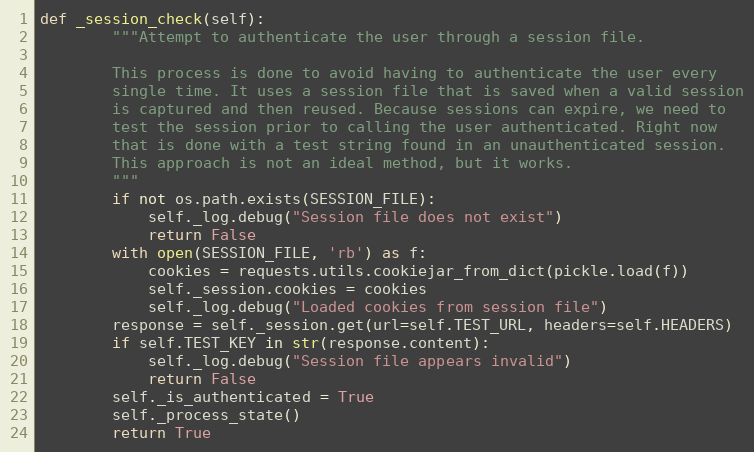
Language: Python
def _session_check(self):
        """Attempt to authenticate the user through a session file.

        This process is done to avoid having to authenticate the user every
        single time. It uses a session file that is saved when a valid session
        is captured and then reused. Because sessions can expire, we need to
        test the session prior to calling the user authenticated. Right now
        that is done with a test string found in an unauthenticated session.
        This approach is not an ideal method, but it works.
        """
        if not os.path.exists(SESSION_FILE):
            self._log.debug("Session file does not exist")
            return False
        with open(SESSION_FILE, 'rb') as f:
            cookies = requests.utils.cookiejar_from_dict(pickle.load(f))
            self._session.cookies = cookies
            self._log.debug("Loaded cookies from session file")
        response = self._session.get(url=self.TEST_URL, headers=self.HEADERS)
        if self.TEST_KEY in str(response.content):
            self._log.debug("Session file appears invalid")
            return False
        self._is_authenticated = True
        self._process_state()
        return True